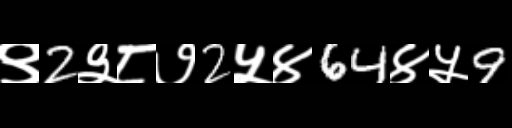
Text: ९2३८७2५४64४५9